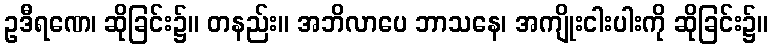
ဥဒီရဏေ၊ ဆိုခြင်း၌။ တနည်း။ အဘိလာပေ ဘာသနေ၊ အကျိုးငါးပါးကို ဆိုခြင်း၌။